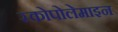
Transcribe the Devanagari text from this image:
स्कोपोलेमाइन